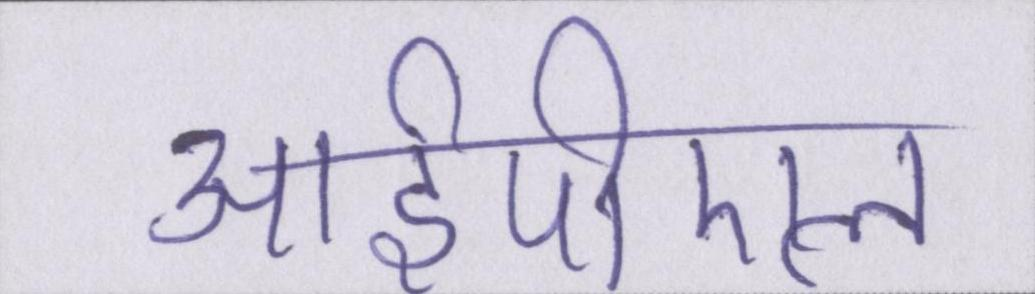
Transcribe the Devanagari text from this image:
आईपीएल